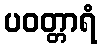
ပဝတ္တာရံ